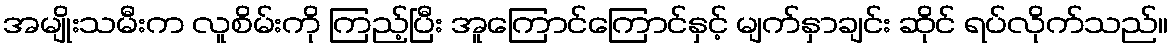
အမျိုးသမီးက လူစိမ်းကို ကြည့်ပြီး အူကြောင်ကြောင်နှင့် မျက်နှာချင်း ဆိုင် ရပ်လိုက်သည်။